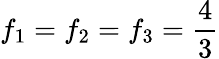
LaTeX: f_{1}=f_{2}=f_{3}=\frac 43